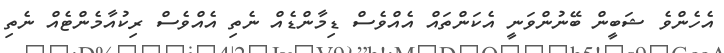
އެހެންވެ ޝަބީން ބޭނުންވަނީ އެކަންތައް އެއްވެސް ޑިމާންޑެއް ނެތި އެއްވެސް ރިކުއާމެންޓެއް ނެތި